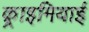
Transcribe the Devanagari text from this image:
क़्राइमियाई